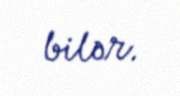
bilər.